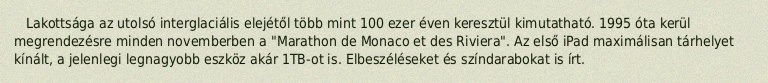
Lakottsága az utolsó interglaciális elejétől több mint 100 ezer éven keresztül kimutatható. 1995 óta kerül megrendezésre minden novemberben a "Marathon de Monaco et des Riviera". Az első iPad maximálisan tárhelyet kínált, a jelenlegi legnagyobb eszköz akár 1TB-ot is. Elbeszéléseket és színdarabokat is írt.